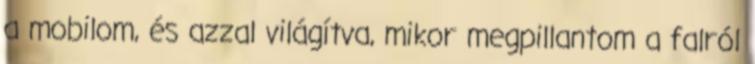
a mobilom, és azzal világítva, mikor megpillantom a falról